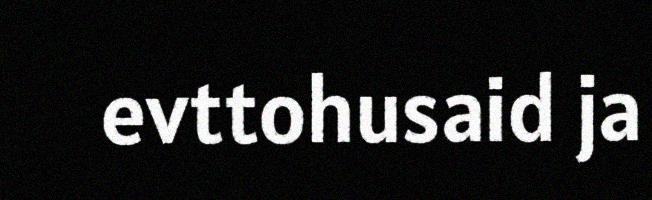
evttohusaid ja